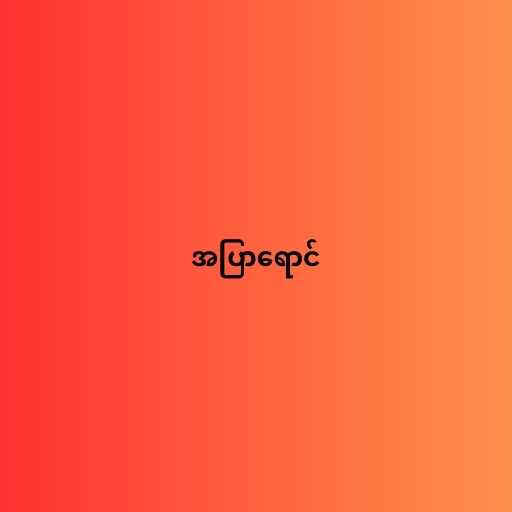
အပြာရောင်